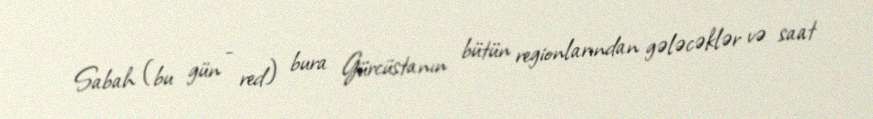
Sabah (bu gün - red) bura Gürcüstanın bütün regionlarından gələcəklər və saat